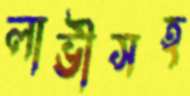
লাভীসহ